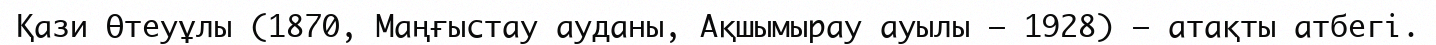
Қази Өтеуұлы (1870, Маңғыстау ауданы, Ақшымырау ауылы – 1928) – атақты атбегі.